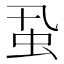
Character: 𧈲